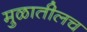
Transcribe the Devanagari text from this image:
मुळातीलच